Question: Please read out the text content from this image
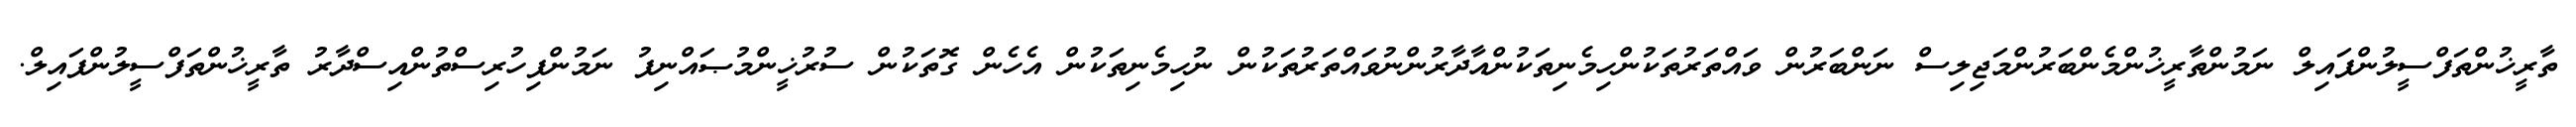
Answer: ތާރީޚުންތަފްސީލުންފައިލް ނަމުންތާރީޚުންމެންބަރުންމަޖިލިސް ނަންބަރުން ވައްތަރުތަކުންހިމެނިތަކުންއާދާރުންނުވައްތަރުތަކުން ނުހިމެނިތަކުން އެހެން ގޮތަކުން ސުރުޚީންމުޞައްނިފު ނަމުންފިހުރިސްތުންއިސްދާރު ތާރީޚުންތަފްސީލުންފައިލް.